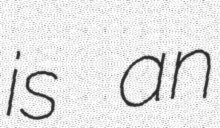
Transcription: is an